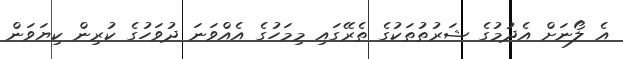
އެ ލޯނަށް އެދުމުގެ ޝަރުތުތަކުގެ ތެރޭގައި މިމަހުގެ އެއްވަނަ ދުވަހުގެ ކުރިން ކިޔަވަން